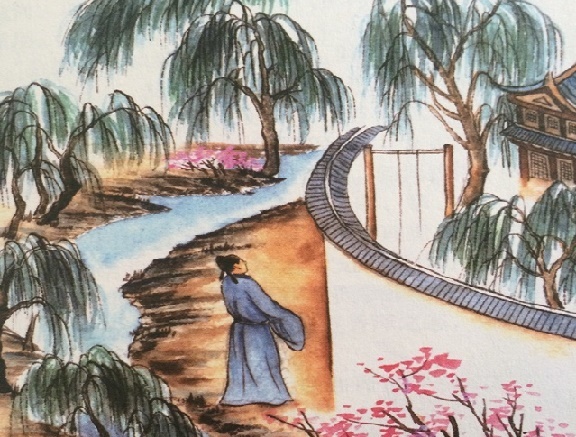
笑渐不闻声渐悄，多情却被无情恼。